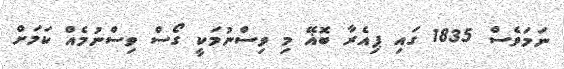
ނަމަވެސް 1835 ގައި ޕިއެރާ ބޮޣޭ މި ވިސްނުމަކީ ގޯސް ވިސްނުމެއް ކަމަށް